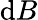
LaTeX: \mathrm{d}B